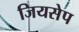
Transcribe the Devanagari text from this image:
जियसेप